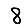
Digit: 8